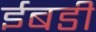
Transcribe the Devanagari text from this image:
ईबडी